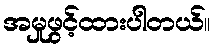
အမှုဖွင့်ထားပါတယ်။